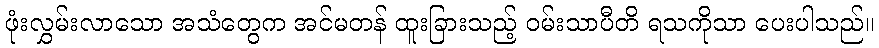
ဖုံးလွှမ်းလာသော အသံတွေက အင်မတန် ထူးခြားသည့် ဝမ်းသာပီတိ ရသကိုသာ ပေးပါသည်။